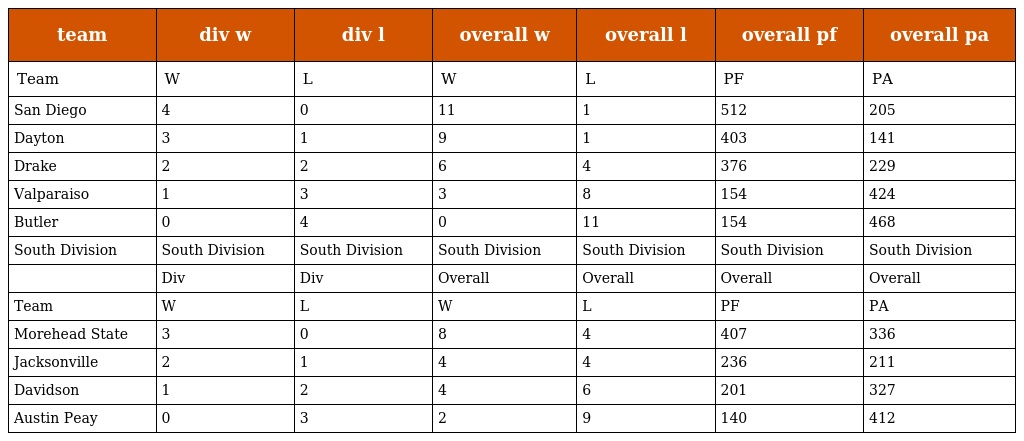
| team | div w | div l | overall w | overall l | overall pf | overall pa |
 | --- | --- | --- | --- | --- | --- | --- |
 | Team | W | L | W | L | PF | PA |
 | San Diego | 4 | 0 | 11 | 1 | 512 | 205 |
 | Dayton | 3 | 1 | 9 | 1 | 403 | 141 |
 | Drake | 2 | 2 | 6 | 4 | 376 | 229 |
 | Valparaiso | 1 | 3 | 3 | 8 | 154 | 424 |
 | Butler | 0 | 4 | 0 | 11 | 154 | 468 |
 | South Division | South Division | South Division | South Division | South Division | South Division | South Division |
 |  | Div | Div | Overall | Overall | Overall | Overall |
 | Team | W | L | W | L | PF | PA |
 | Morehead State | 3 | 0 | 8 | 4 | 407 | 336 |
 | Jacksonville | 2 | 1 | 4 | 4 | 236 | 211 |
 | Davidson | 1 | 2 | 4 | 6 | 201 | 327 |
 | Austin Peay | 0 | 3 | 2 | 9 | 140 | 412 |